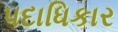
પદાધિકાર